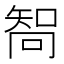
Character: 𠕧